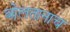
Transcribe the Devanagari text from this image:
बोलतानाच